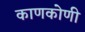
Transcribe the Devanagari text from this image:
काणकोणी